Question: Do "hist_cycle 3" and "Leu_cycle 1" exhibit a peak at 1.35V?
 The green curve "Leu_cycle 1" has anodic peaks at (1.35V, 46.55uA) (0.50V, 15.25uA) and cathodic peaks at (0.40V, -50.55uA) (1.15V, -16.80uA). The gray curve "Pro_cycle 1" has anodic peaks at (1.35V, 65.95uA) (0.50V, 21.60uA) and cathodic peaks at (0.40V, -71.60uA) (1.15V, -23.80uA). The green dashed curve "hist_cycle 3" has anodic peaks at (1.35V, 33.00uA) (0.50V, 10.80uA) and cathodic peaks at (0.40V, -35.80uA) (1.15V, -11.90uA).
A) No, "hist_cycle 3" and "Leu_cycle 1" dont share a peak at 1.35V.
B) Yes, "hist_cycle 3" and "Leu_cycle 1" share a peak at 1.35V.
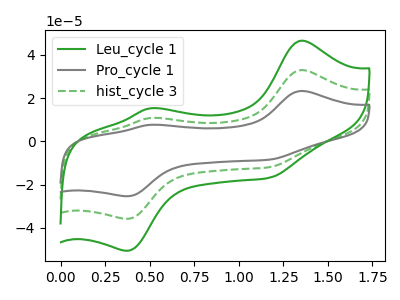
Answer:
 <answer>B) Yes, "hist_cycle 3" and "Leu_cycle 1" share a peak at 1.35V.</answer>
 <eval>B</eval>